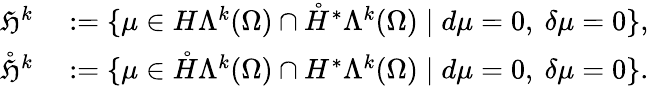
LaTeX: \begin{array}{rl}{\mathfrak{H}^{k}}&{{}:=\{ \mu\in H\Lambda^{k}(\Omega)\cap\mathring{H}^{\ast}\Lambda^{k}({\Omega})\mid d\mu=0,\ \delta\mu=0\} ,}\\ {\mathring{\mathfrak{H}}^{k}}&{{}:=\{ \mu\in\mathring{H}\Lambda^{k}(\Omega)\cap H^{\ast}\Lambda^{k}({\Omega})\mid d\mu=0,\ \delta\mu=0\} .}\end{array}